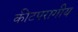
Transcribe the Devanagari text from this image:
कीटपरागीय